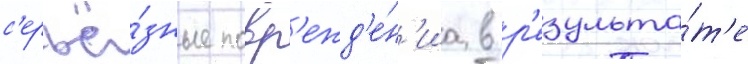
с'ерьё́зные повр'ежд'е́н'иа в р'езульта́т'е